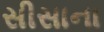
સીસાના